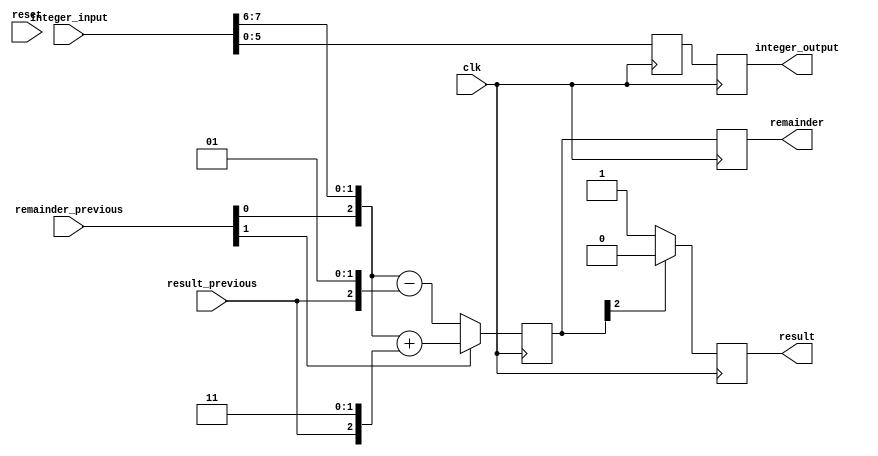
// these defines are only used for readability
`define INTEGER_INPUT_WIDTH ((STAGE_NUMBER+1) * 2)
`define INTEGER_OUTPUT_WIDTH `INTEGER_INPUT_WIDTH-2
`define REMAINDER_INPUT_WIDTH (((RADICAND_WIDTH/2) + 1) - STAGE_NUMBER)
`define RESULT_INPUT_WIDTH ((RADICAND_WIDTH/2) - STAGE_NUMBER - 1)
`define REMAINDER_OUTPUT_WIDTH (`REMAINDER_INPUT_WIDTH+1)
`define RESULT_OUTPUT_WIDTH `RESULT_INPUT_WIDTH+1

`define IS_FIRST_STAGE (STAGE_NUMBER == ((RADICAND_WIDTH/2) - 1))
`define IS_LAST_STAGE (STAGE_NUMBER == 0)

// this is the recursive sqrt remainder block
// you shouldn't have to do anything with this
module sqrt_remainder 
	#(
		parameter RADICAND_WIDTH = 8, 
		parameter STAGE_NUMBER = 3
	)
	( 
		input wire [`INTEGER_INPUT_WIDTH-1:0] integer_input,
		input wire [`REMAINDER_INPUT_WIDTH-1:0] remainder_previous,
		input wire [(`RESULT_INPUT_WIDTH-1 + `IS_FIRST_STAGE):0] result_previous, // we need to force the first input to have a size of 1 for the first block
		
		output reg [`INTEGER_OUTPUT_WIDTH-1:0] integer_output,
		output reg signed [`REMAINDER_OUTPUT_WIDTH-1:0] remainder,
		output reg [`RESULT_OUTPUT_WIDTH-1:0] result,

		input wire reset,
		input wire clk
	);


	reg phase; // state variable

	// the following wires are used to force twos-complement arithmetic
	wire signed [`REMAINDER_OUTPUT_WIDTH-1:0] remainder_new_without_add;
	assign remainder_new_without_add = {
		remainder_previous[`REMAINDER_INPUT_WIDTH-2:0], // drop the sign bit
		integer_input[{STAGE_NUMBER, 1'b1}], // integer_input[2 * bit + 1]
		integer_input[{STAGE_NUMBER, 1'b0}] // integer_input[2 * bit]
	};

	wire signed [`REMAINDER_OUTPUT_WIDTH-1:0] remainder_greater_than_or_equal_to_0_subtractor;
	wire signed [`REMAINDER_OUTPUT_WIDTH-1:0] remainder_less_than_0_addition;
	assign remainder_greater_than_or_equal_to_0_subtractor = {result_previous, 2'b01};
	assign remainder_less_than_0_addition = {result_previous, 2'b11};

	reg signed [`REMAINDER_OUTPUT_WIDTH-1:0] remainder_delay;
	reg [`INTEGER_INPUT_WIDTH-1:0] integer_output_delay;
	reg [(`RESULT_INPUT_WIDTH-1 + `IS_FIRST_STAGE):0] result_previous_delay;

	always @(posedge clk) begin
		//if (reset == 1'b0) phase <= 0;
		//else begin
			//if (phase == 1'b0) begin
				// phase 1: calculate new remainder
				if (remainder_previous[`REMAINDER_INPUT_WIDTH-1] == 1'b0) begin // if sign bit indicates the number is positive
					remainder_delay <= remainder_new_without_add - remainder_greater_than_or_equal_to_0_subtractor;
				end else begin
					remainder_delay <= remainder_new_without_add + remainder_less_than_0_addition;
				end

				remainder <= remainder_delay;
				// save the integer into our local shift register, while dropping the top two bits
				// we need to force the output to have a size of 1 for the last block in the chain
				integer_output_delay <= integer_input[(`INTEGER_OUTPUT_WIDTH-1 + `IS_LAST_STAGE):0];
				integer_output <= integer_output_delay;
			//end else begin

				result_previous_delay <= result_previous;
				// phase 2: calculate new result
				if (remainder_delay[`REMAINDER_OUTPUT_WIDTH-1] != 1'b1) begin // if it is positive
					result <= {result_previous_delay, 1'b1};
				end else begin
					result <= {result_previous_delay, 1'b0};
					if (`IS_LAST_STAGE) remainder <= remainder_delay + {result_previous_delay, 2'b01};
				end


			//end

			//phase <= ~phase;
		//end
	end

	// initial begin
	// 	$display("sqrt_remainder block: RADICAND_WIDTH: %d, STAGE_NUMBER: %d (IS_FIRST_STAGE: %d, IS_LAST_STAGE: %d)", RADICAND_WIDTH, STAGE_NUMBER, `IS_FIRST_STAGE, `IS_LAST_STAGE);
	// 	$display("\tINTEGER_INPUT_WIDTH: \t\t%d", `INTEGER_INPUT_WIDTH);
	// 	$display("\tINTEGER_OUTPUT_WIDTH: \t\t%d", `INTEGER_OUTPUT_WIDTH);
	// 	$display("\tREMAINDER_INPUT_WIDTH: \t\t%d", `REMAINDER_INPUT_WIDTH);
	// 	$display("\tREMAINDER_OUTPUT_WIDTH: \t\t%d", `REMAINDER_OUTPUT_WIDTH);
	// 	$display("\tRESULT_INPUT_WIDTH: \t\t%d", `RESULT_INPUT_WIDTH);
	// 	$display("\tRESULT_OUTPUT_WIDTH: \t\t%d", `RESULT_OUTPUT_WIDTH);
	// end

endmodule